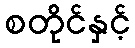
စတိုင်နှင့်